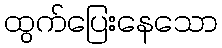
ထွက်ပြေးနေသော